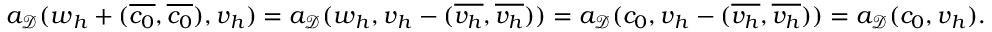
a _ { \mathcal { D } } ( \boldsymbol { w } _ { h } + ( \overline { { c _ { 0 } } } , \overline { { c _ { 0 } } } ) , \boldsymbol { v } _ { h } ) = a _ { \mathcal { D } } ( \boldsymbol { w } _ { h } , \boldsymbol { v } _ { h } - ( \overline { { v _ { h } } } , \overline { { v _ { h } } } ) ) = a _ { \mathcal { D } } ( c _ { 0 } , \boldsymbol { v } _ { h } - ( \overline { { v _ { h } } } , \overline { { v _ { h } } } ) ) = a _ { \mathcal { D } } ( c _ { 0 } , \boldsymbol { v } _ { h } ) .